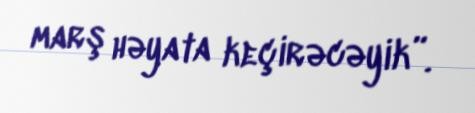
marş həyata keçirəcəyik”.